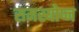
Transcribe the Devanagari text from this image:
समस्योप्न